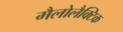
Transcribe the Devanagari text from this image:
मैलोलैक्टिक